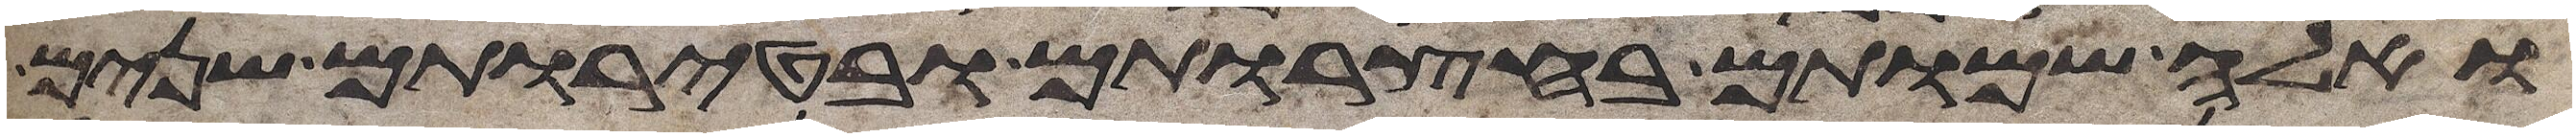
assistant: ואלה שמותם בחצרותם ובטירתם שנים